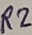
Text: R2